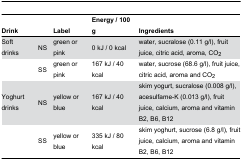
| Drink |  | Label | Energy / 100 g | Ingredients |
 | --- | --- | --- | --- | --- |
 | Soft drinks | NS | green or pink | 0 kJ / 0 kcal | water, sucralose (0.11 g/l), fruit juice, citric acid, aroma, CO2 |
 |  | SS | green or pink | 167 kJ / 40 kcal | water, sucrose (68.6 g/l), fruit juice, citric acid, aroma and CO2 |
 | Yoghurt drinks | NS | yellow or blue | 167 kJ / 40 kcal | skim yogurt, sucralose (0.008 g/l), acesulfame-K (0.013 g/l), fruit juice, calcium, aroma and vitamin B2, B6, B12 |
 |  | SS | yellow or blue | 335 kJ / 80 kcal | skim yoghurt, sucrose (6.8 g/l), fruit juice, calcium, aroma and vitamin B2, B6, B12 |